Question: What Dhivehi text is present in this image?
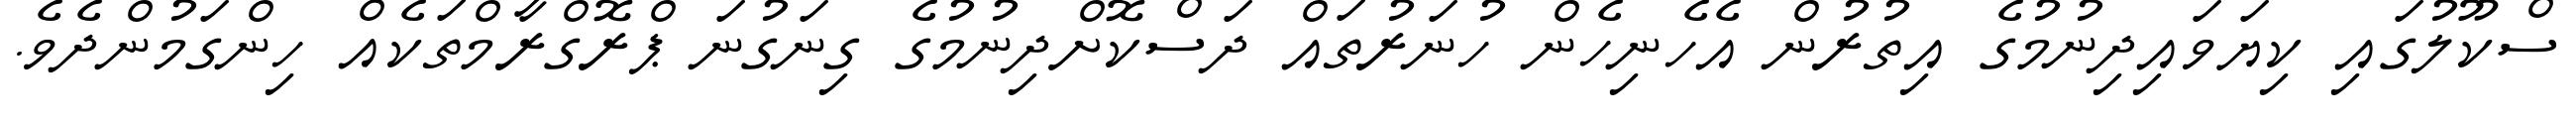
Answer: ސްކޫލުގައި ކިޔަވައިދިނުމުގެ އިތުރުން އެހެނިހެން ހުނަރުތައް ދަސްކޮށްދިނުމުގެ ގިނަގުނަ ޕްރޮގްރާމްތަކެއް ހިންގަމުންދެވެ.